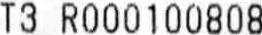
T3 R000100808